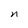
Character: n